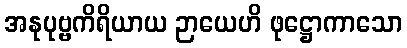
အနုပုဗ္ဗကိရိယာယ ဉာယေဟိ ဖုဋ္ဌောကာသော